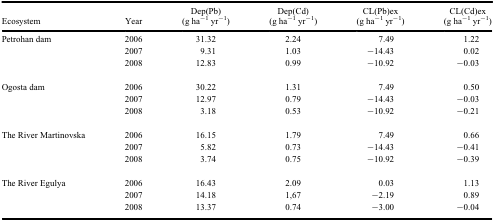
| Ecosystem | Year | Dep(Pb) (g ha−1 yr−1) | Dep(Cd) (g ha−1 yr−1) | CL(Pb)ex (g ha−1 yr−1) | CL(Cd)ex (g ha−1 yr−1) |
 | --- | --- | --- | --- | --- | --- |
 | Petrohan dam | 2006 | 31.32 | 2.24 | 7.49 | 1.22 |
 |  | 2007 | 9.31 | 1.03 | −14.43 | 0.02 |
 |  | 2008 | 12.83 | 0.99 | −10.92 | −0.03 |
 |  |  |  |  |  |  |
 | Ogosta dam | 2006 | 30.22 | 1.31 | 7.49 | 0.50 |
 |  | 2007 | 12.97 | 0.79 | −14.43 | −0.03 |
 |  | 2008 | 3.18 | 0.53 | −10.92 | −0.21 |
 |  |  |  |  |  |  |
 | The River Martinovska | 2006 | 16.15 | 1.79 | 7.49 | 0.66 |
 |  | 2007 | 5.82 | 0.73 | −14.43 | −0.41 |
 |  | 2008 | 3.74 | 0.75 | −10.92 | −0.39 |
 |  |  |  |  |  |  |
 | The River Egulya | 2006 | 16.43 | 2.09 | 0.03 | 1.13 |
 |  | 2007 | 14.18 | 1,67 | −2.19 | 0.89 |
 |  | 2008 | 13.37 | 0.74 | −3.00 | −0.04 |